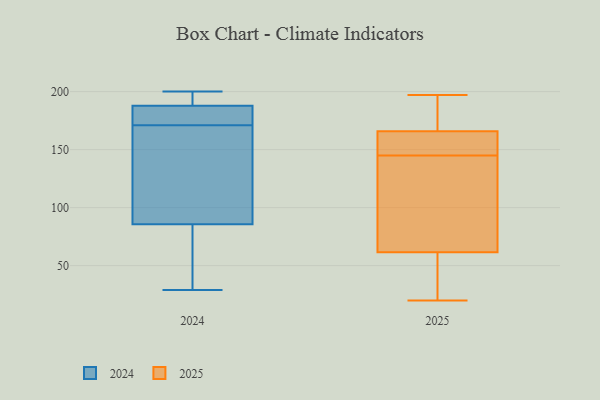
{"axis": {"x": "Production Output", "y": "Value"}, "legend": ["2024", "2025"], "data": [{"x": "", "y": 166, "type": "2025"}, {"x": "", "y": 75, "type": "2025"}, {"x": "", "y": 145, "type": "2025"}, {"x": "", "y": 174, "type": "2025"}, {"x": "", "y": 195, "type": "2025"}, {"x": "", "y": 149, "type": "2025"}, {"x": "", "y": 57, "type": "2025"}, {"x": "", "y": 33, "type": "2025"}, {"x": "", "y": 197, "type": "2025"}, {"x": "", "y": 51, "type": "2025"}, {"x": "", "y": 149, "type": "2025"}, {"x": "", "y": 113, "type": "2025"}, {"x": "", "y": 20, "type": "2025"}, {"x": "", "y": 165, "type": "2025"}, {"x": "", "y": 122, "type": "2025"}, {"x": "", "y": 178, "type": "2024"}, {"x": "", "y": 193, "type": "2024"}, {"x": "", "y": 171, "type": "2024"}, {"x": "", "y": 138, "type": "2024"}, {"x": "", "y": 72, "type": "2024"}, {"x": "", "y": 29, "type": "2024"}, {"x": "", "y": 127, "type": "2024"}, {"x": "", "y": 200, "type": "2024"}, {"x": "", "y": 189, "type": "2024"}, {"x": "", "y": 41, "type": "2024"}, {"x": "", "y": 184, "type": "2024"}]}